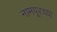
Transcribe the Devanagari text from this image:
नामपूरच्या